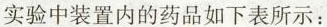
实验中装置内的药品如下表所示：